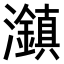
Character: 𤄱